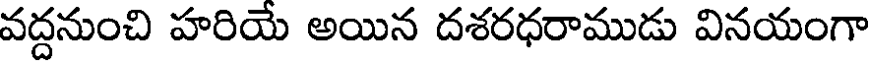
వద్దనుంచి హరియే అయిన దశరధరాముడు వినయంగా